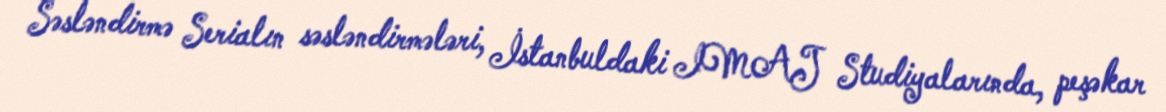
Səsləndirmə Serialın səsləndirmələri, İstanbuldaki IMAJ Studiyalarında, peşəkar